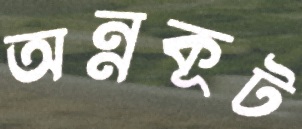
অন্নকূট